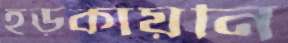
হড়কায়নি